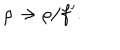
LaTeX: \rho \rightarrow \rho / f ^ { \prime } .